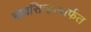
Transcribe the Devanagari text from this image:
भावसिन्हामार्फत